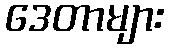
ဒေတာများ